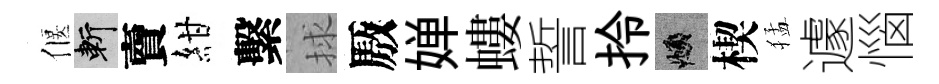
偃斬𧶠紺繫捄厫婵螻誓拎頫楔猛遽惱